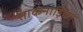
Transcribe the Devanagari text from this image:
शाकनाड़िका